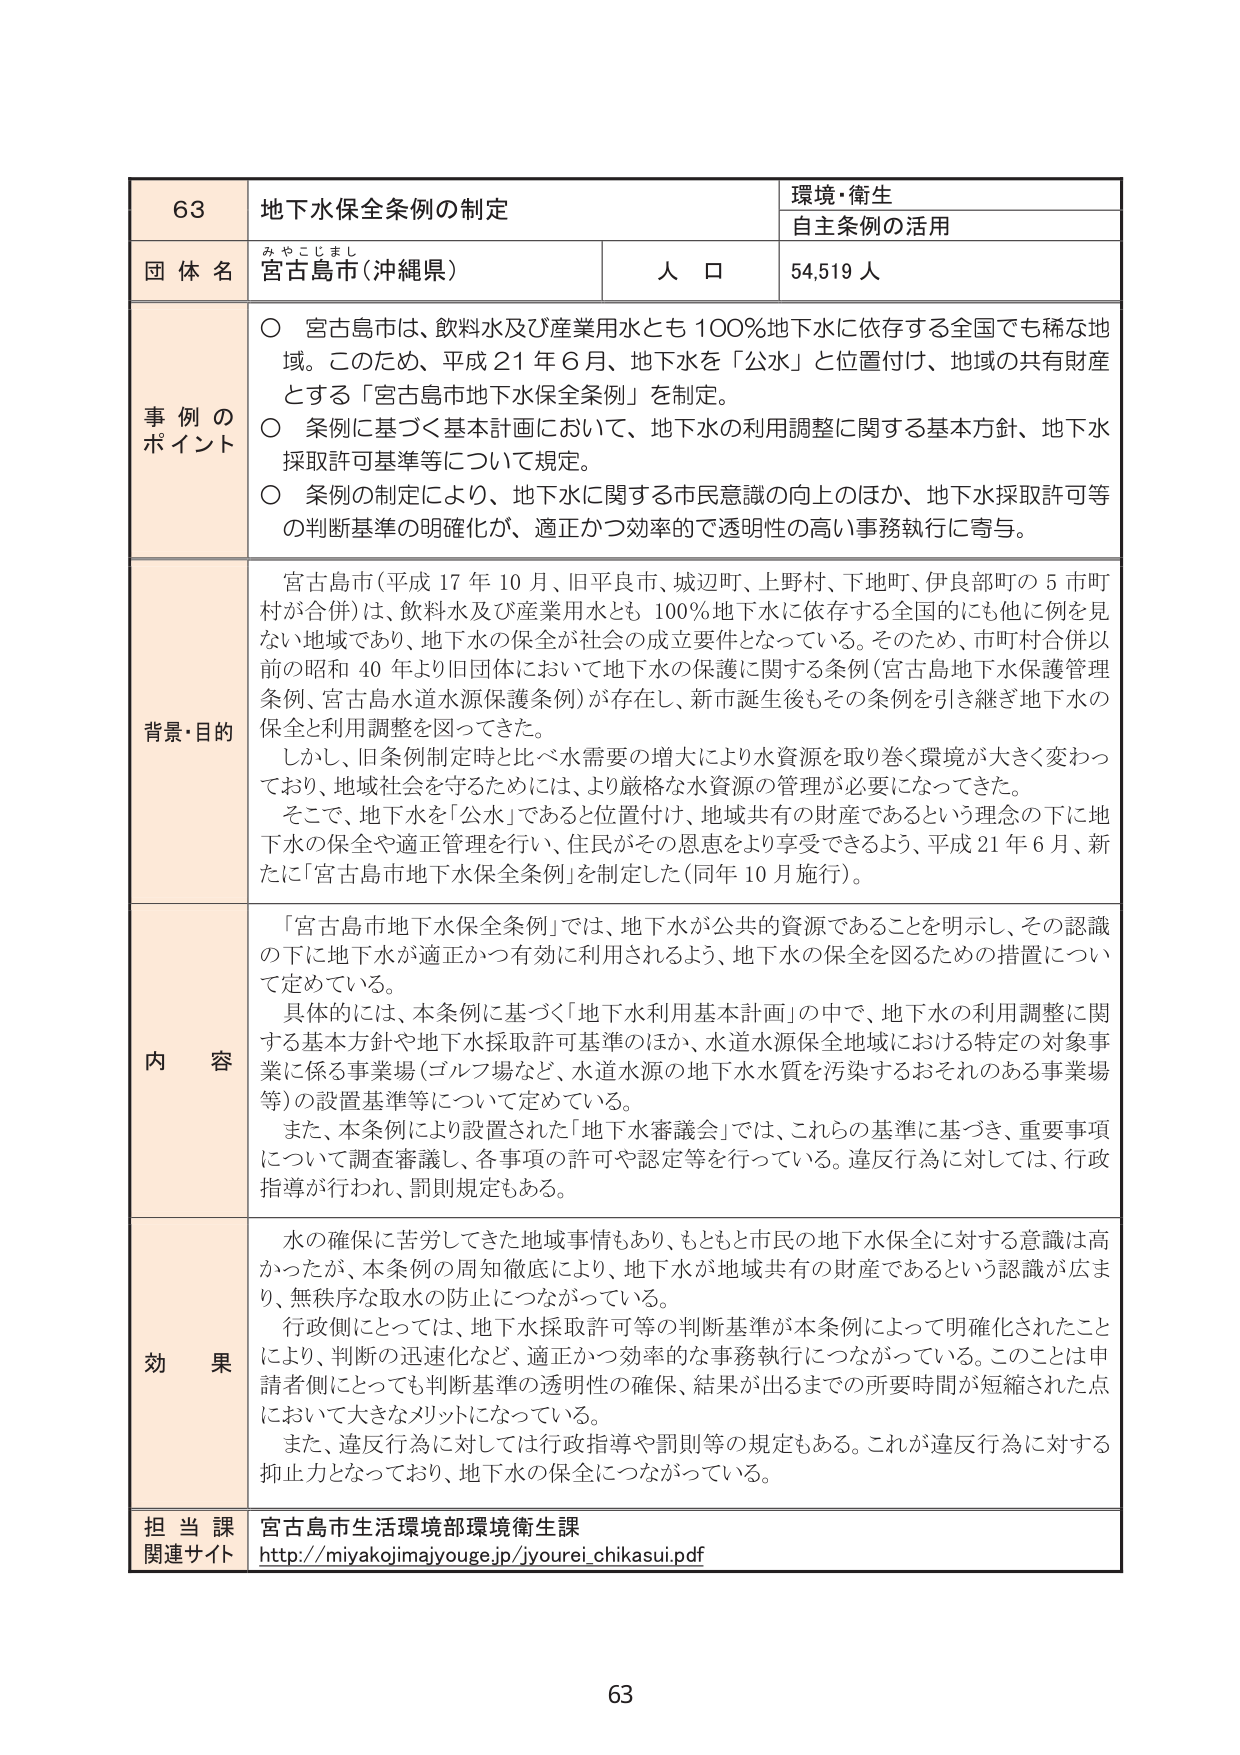
63 地下水保全条例の制定 環境・衛生 自主条例の活用 団体名 宮古島市（沖縄県） 人口 54,519人 事例のポイント ○ 宮古島市は、飲料水及び産業用水とも100％地下水に依存する全国でも稀な地域。このため、平成21年6月、地下水を「公水」と位置付け、地域の共有財産とする「宮古島市地下水保全条例」を制定。 ○ 条例に基づく基本計画において、地下水の利用調整に関する基本方針、地下水採取許可基準等について規定。 ○ 条例の制定により、地下水に関する市民意識の向上のほか、地下水採取許可等の判断基準の明確化が、適正かつ効率的で透明性の高い事務執行に寄与。 背景・目的 宮古島市（平成17年10月、旧平良市、城辺町、上野村、下地町、伊良部町の5市町村が合併）は、飲料水及び産業用水とも100％地下水に依存する全国的にも他に例を見ない地域であり、地下水の保全が社会の成立要件となっている。そのため、市町村合併以前の昭和40年より旧団体において地下水の保護に関する条例（宮古島地下水保護管理条例、宮古島水道水源保護条例）が存在し、新市誕生後もその条例を引き続き地下水の保全と利用調整を図ってきた。 しかし、旧条例制定時と比べ水需要の増大により水資源を取り巻く環境が大きく変わっており、地域社会を守るためには、より厳格な水資源の管理が必要になってきた。 そこで、地下水を「公水」であると位置付け、地域共有の財産であるという理念の下に地下水の保全や適正管理を行い、住民がその恩恵をより享受できるよう、平成21年6月、新たに「宮古島市地下水保全条例」を制定した（同年10月施行）。 内容 「宮古島市地下水保全条例」では、地下水が公共の資源であることを明示し、その認識の下に地下水が適正かつ有効に利用されるよう、地下水の保全を図るための措置について定めている。 具体的には、本条例に基づく「地下水利用基本計画」の中で、地下水の利用調整に関する基本方針や地下水採取許可基準のほか、水道水源保全地域における特定の対象事業に係る事業場（ゴルフ場など、水道水源の地下水水質を汚染するおそれのある事業場等）の設置基準等について定めている。 また、本条例により設置された「地下水審議会」では、これらの基準に基づき、重要事項について調査審議し、各事項の許可や認定等を行っている。違反行為に対しては、行政指導が行われ、罰則規定もある。 効果 水の確保に苦労してきた地域事情もあり、もともと市民の地下水保全に対する意識は高かったが、本条例の周知徹底により、地下水が地域共有の財産であるという認識が広まり、無秩序な取水の防止につながっている。 行政側にとっては、地下水採取許可等の判断基準が本条例によって明確化されたことにより、判断の迅速化など、適正かつ効率的な事務執行につながっている。このことは申請者側にとっても判断基準の透明性の確保、結果が出るまでの所要時間が短縮された点において大きなメリットになっている。 また、違反行為に対しては行政指導や罰則等の規定もある。これが違反行為に対する抑止力となっており、地下水の保全につながっている。 担当課 宮古島市生活環境部環境衛生課 関連サイト http://miyakojimajyouge.jp/jyourei_chikasui.pdf 63